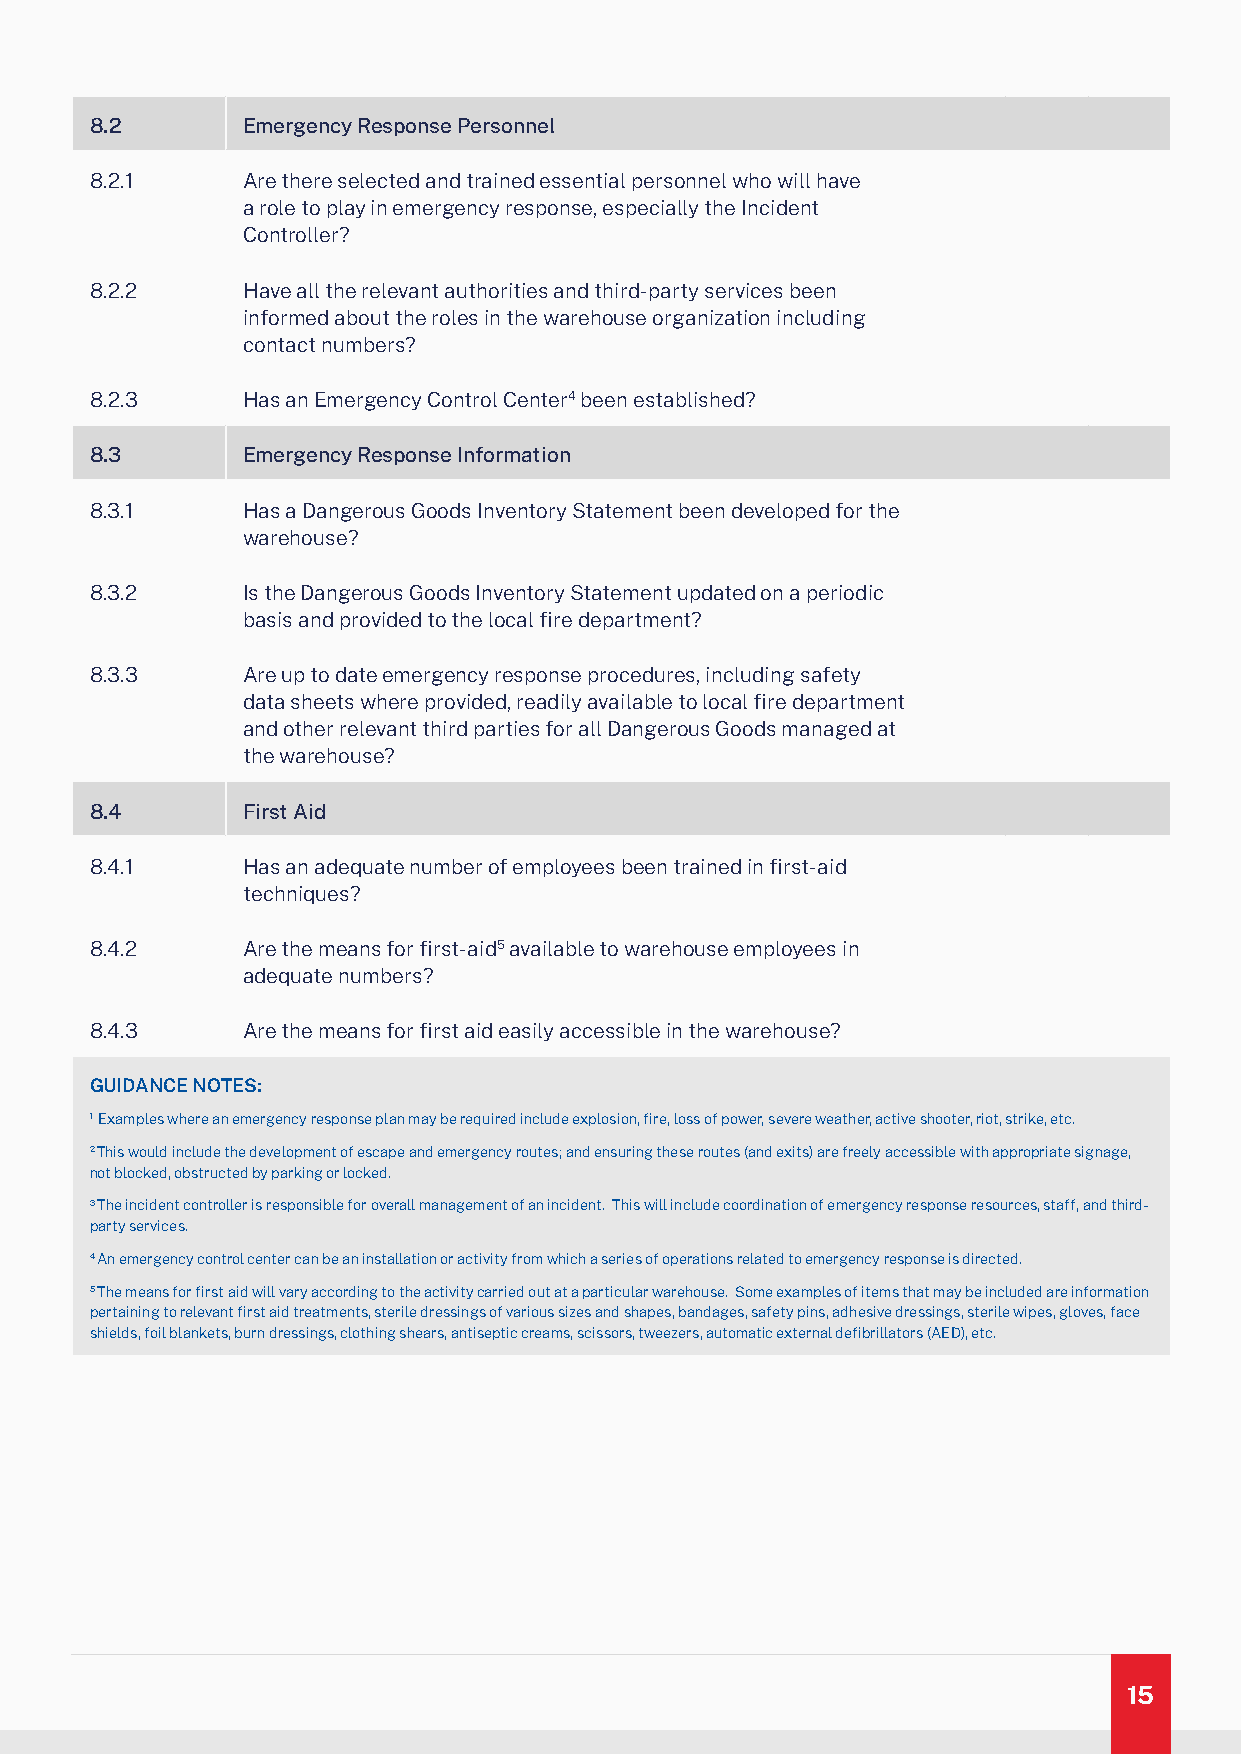
8.2       Emergency Response Personnel
 8.2.1     Are there selected and trained essential personnel who will have
 a role to play in emergency response, especially the Incident
 Controller?
 8.2.2     Have all the relevant authorities and third-party services been
 informed about the roles in the warehouse organization including
 contact numbers?
 8.2.3     Has an Emergency Control Center4 been established?
 8.3       Emergency Response Information
 8.3.1     Has a Dangerous Goods Inventory Statement been developed for the
 warehouse?
 8.3.2     Is the Dangerous Goods Inventory Statement updated on a periodic
 basis and provided to the local fire department?
 8.3.3     Are up to date emergency response procedures, including safety
 data sheets where provided, readily available to local fire department
 and other relevant third parties for all Dangerous Goods managed at
 the warehouse?
 8.4       First Aid
 8.4.1     Has an adequate number of employees been trained in first-aid
 techniques?
 8.4.2     Are the means for first-aid5 available to warehouse employees in
 adequate numbers?
 8.4.3     Are the means for first aid easily accessible in the warehouse?
 GUIDANCE NOTES:
 1 Examples where an emergency response plan may be required include explosion, fire, loss of power, severe weather, active shooter, riot, strike, etc.
 2 This would include the development of escape and emergency routes; and ensuring these routes (and exits) are freely accessible with appropriate signage,
 not blocked, obstructed by parking or locked.
 3 The incident controller is responsible for overall management of an incident. This will include coordination of emergency response resources, staff, and third-
 party services.
 4 An emergency control center can be an installation or activity from which a series of operations related to emergency response is directed.
 5 The means for first aid will vary according to the activity carried out at a particular warehouse. Some examples of items that may be included are information
 pertaining to relevant first aid treatments, sterile dressings of various sizes and shapes, bandages, safety pins, adhesive dressings, sterile wipes, gloves, face
 shields, foil blankets, burn dressings, clothing shears, antiseptic creams, scissors, tweezers, automatic external defibrillators (AED), etc.
 15